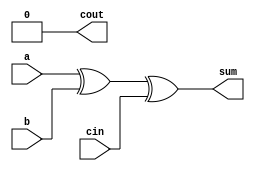
module full_adder7(a,b,cin,sum,cout);
input a,b,cin;
output sum,cout;
assign sum = a^b^cin;
assign cout = 1'b0; 
// initial begin
//     $display("The incorrect adder with or1 having out/0");
// end   
endmodule